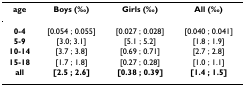
<table><thead><tr><td><b>age</b></td><td><b>Boys (‰)</b></td><td><b>Girls (‰)</b></td><td><b>All (‰)</b></td></tr></thead><tbody><tr><td><b>0-4</b></td><td>[0.054 ; 0.055]</td><td>[0.027 ; 0.028]</td><td>[0.040 ; 0.041]</td></tr><tr><td><b>5-9</b></td><td>[3.0; 3.1]</td><td>[5.1 ; 5.2]</td><td>[1.8 ; 1.9]</td></tr><tr><td><b>10-14</b></td><td>[3.7 ; 3.8]</td><td>[0.69 ; 0.71]</td><td>[2.7 ; 2.8]</td></tr><tr><td><b>15-18</b></td><td>[1.7 ; 1.8]</td><td>[0.27 ; 0.28]</td><td>[1.0 ; 1.1]</td></tr><tr><td><b>all</b></td><td><b>[2.5 ; 2.6]</b></td><td><b>[0.38 ; 0.39]</b></td><td><b>[1.4 ; 1.5]</b></td></tr></tbody></table>